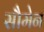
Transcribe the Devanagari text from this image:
सौमेन